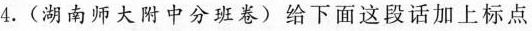
4.(湖南师大附中分班卷)给下面这段话加上标点